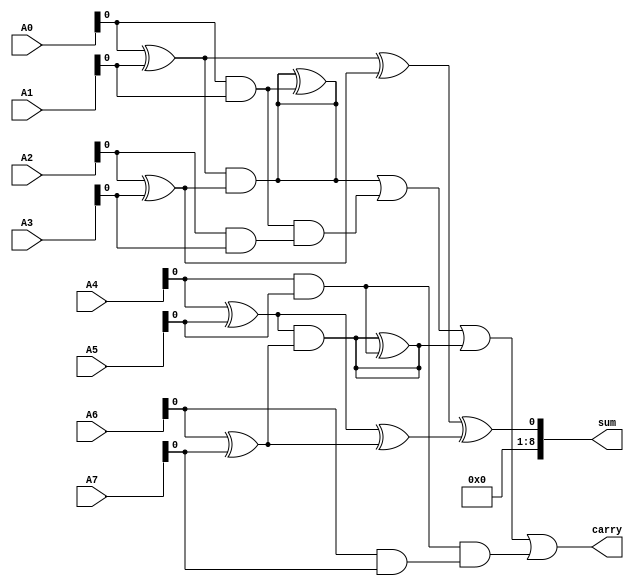
module carry_save_adder (
    input [7:0] A0, A1, A2, A3, A4, A5, A6, A7, // 8 inputs
    output [8:0] sum, // Final sum output (1 extra bit for carry)
    output carry // Final carry output
);

    wire [8:0] S0, C0; // Stage 0 sums and carries
    wire [8:0] S1, C1; // Stage 1 sums and carries
    wire [8:0] S2, C2; // Stage 2 sums and carries

    // Stage 0: Pairwise addition
    // Full Adder for (A0, A1)
    assign S0[0] = A0[0] ^ A1[0]; // Sum
    assign C0[0] = A0[0] & A1[0]; // Carry

    // Full Adder for (A2, A3)
    assign S0[1] = A2[0] ^ A3[0]; // Sum
    assign C0[1] = A2[0] & A3[0]; // Carry

    // Full Adder for (A4, A5)
    assign S0[2] = A4[0] ^ A5[0]; // Sum
    assign C0[2] = A4[0] & A5[0]; // Carry

    // Full Adder for (A6, A7)
    assign S0[3] = A6[0] ^ A7[0]; // Sum
    assign C0[3] = A6[0] & A7[0]; // Carry

    // Stage 1: Add pairs of sums and carries
    // Full Adder for (S0[0], S0[1])
    assign S1[0] = S0[0] ^ S0[1]; // Sum
    assign C1[0] = S0[0] & S0[1]; // Carry
    assign C1[0] = C1[0] ^ C0[0]; // Include carry from previous stage
    assign C1[1] = C0[0] & C0[1]; // Carry from previous stage

    // Full Adder for (S0[2], S0[3])
    assign S1[1] = S0[2] ^ S0[3]; // Sum
    assign C1[2] = S0[2] & S0[3]; // Carry
    assign C1[2] = C1[2] ^ C0[2]; // Include carry from previous stage
    assign C1[3] = C0[2] & C0[3]; // Carry from previous stage

    // Stage 2: Final stage to combine results
    // Full Adder for (S1[0], S1[1])
    assign sum = S1[0] ^ S1[1]; // Final sum
    assign carry = C1[0] | C1[1] | C1[2] | C1[3]; // Final carry

endmodule